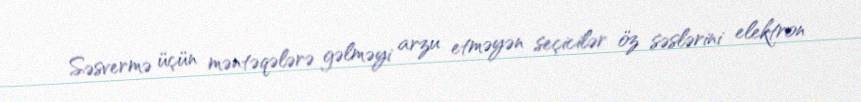
Səsvermə üçün məntəqələrə gəlməyi arzu etməyən seçicilər öz səslərini elektron